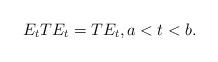
LaTeX: \begin{align*} E_t{T}E_t={T}E_t,a<t<b.\end{align*}